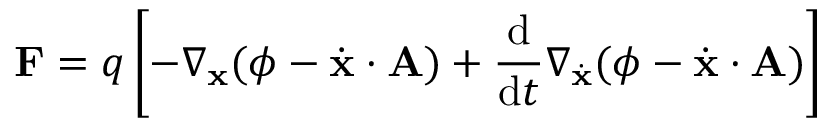
\mathbf { F } = q \left[ - \nabla _ { \mathbf { x } } ( \phi - { \dot { \mathbf { x } } } \cdot \mathbf { A } ) + { \frac { \mathrm { d } } { \mathrm { d } t } } \nabla _ { \dot { \mathbf { x } } } ( \phi - { \dot { \mathbf { x } } } \cdot \mathbf { A } ) \right]